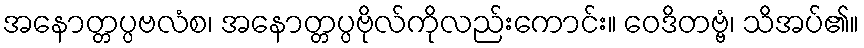
အနောတ္တပ္ပဗလံစ၊ အနောတ္တပ္ပဗိုလ်ကိုလည်းကောင်း။ ဝေဒိတဗ္ဗံ၊ သိအပ်၏။